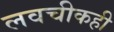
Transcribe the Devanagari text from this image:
लवचीकही